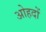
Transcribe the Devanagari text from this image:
अोहदों